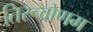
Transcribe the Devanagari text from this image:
तिरूवोणम